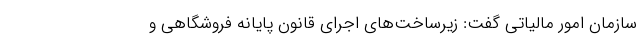
سازمان امور مالیاتی گفت: زیرساخت‌های اجرای قانون پایانه فروشگاهی و